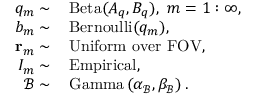
\begin{array} { r l } { q _ { m } \sim } & { \, \mathrm { B e t a } ( A _ { q } , B _ { q } ) , \, \, m = 1 : \infty , } \\ { b _ { m } \sim } & { \, \mathrm { B e r n o u l l i } ( q _ { m } ) , } \\ { \mathbf { r } _ { m } \sim } & { \, \mathrm { U n i f o r m \, \, o v e r \, \, F O V } , } \\ { I _ { m } \sim } & { \, \mathrm { E m p i r i c a l } , } \\ { \mathcal { B } \sim } & { \, \mathrm { G a m m a } \left( \alpha _ { \mathcal { B } } , \beta _ { \mathcal { B } } \right) . } \end{array}